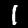
Digit: 1